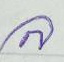
ล